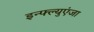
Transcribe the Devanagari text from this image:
इन्फ्ल्युएंजा